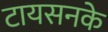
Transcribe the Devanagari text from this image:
टायसनके